Source: Handwritten
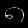
Digit: ၈ (8)